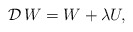
\begin{align*}{\mathcal D}\,W=W+\lambda U,\end{align*}